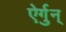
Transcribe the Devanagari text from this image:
ऐर्गुन्